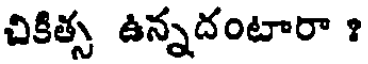
చికిత్స ఉన్నదంటారా ?